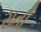
સતી